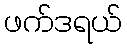
ဖက်ဒရယ်